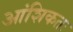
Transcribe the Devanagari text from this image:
आंशिकतः